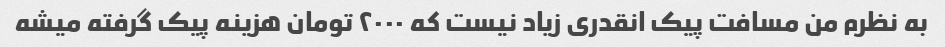
به نظرم من مسافت پیک انقدری زیاد نیست که ۲۰۰۰ تومان هزینه پیک گرفته میشه